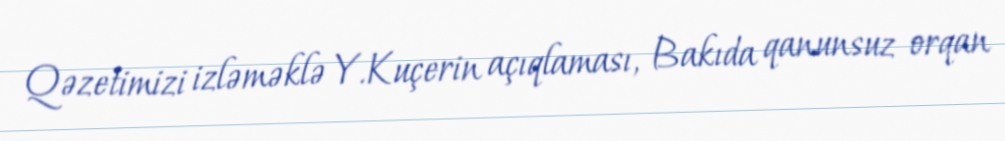
Qəzetimizi izləməklə Y.Kuçerin açıqlaması, Bakıda qanunsuz orqan